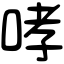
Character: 哮